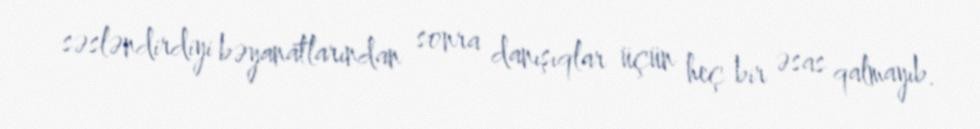
səsləndirdiyi bəyanatlarından sonra danışıqlar üçün heç bir əsas qalmayıb.